Annual report of the Central Committee of the Association together with the report of the directors of the Pasteur Institute at Kasauli
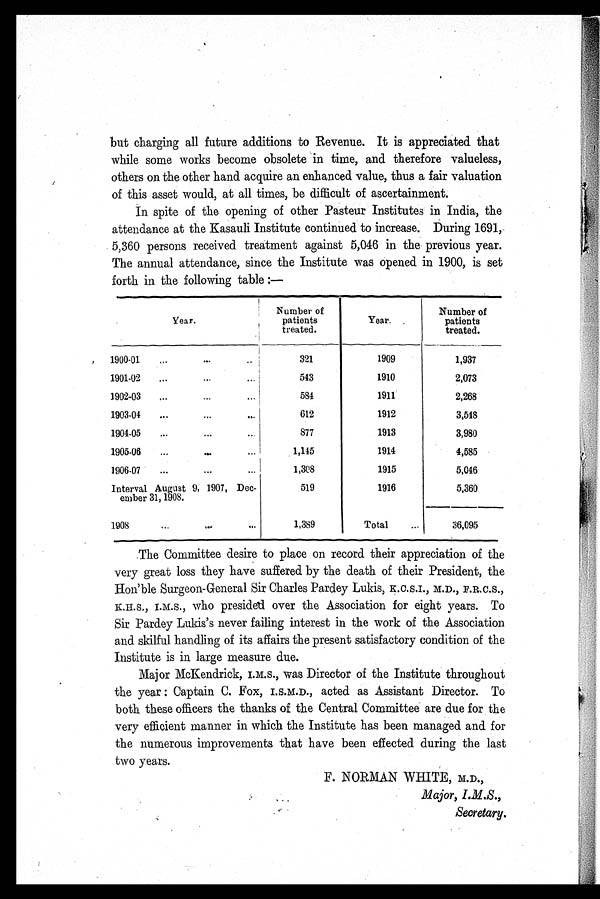
but charging all future additions to Revenue. It is appreciated that
while some works become obsolete in time, and therefore valueless,
others on the other hand acquire an enhanced value, thus a fair valuation
of this asset would, at all times, be difficult of ascertainment.
In spite of the opening of other Pasteur Institutes in India, the
attendance at the Kasauli Institute continued to increase. During 1691,
5,360 persons received treatment against 5,046 in the previous year.
The annual attendance, since the Institute was opened in 1900, is set
forth in the following table:—
Year.
Number of
patients
treated.
Year.
Number of
patients
treated.
1900-01 . . .
321
1909
1,937
1901-02 . . .
543
1910
2,073
1902-03 . . .
584
1911
2,268
1903-04 . . .
612
1912
3,548
1904-05 . . .
877
1913
3,980
1905-06 . . .
1,145
1914
4,585
1906-07 . . .
1,308
1915
5,046
Interval August 9, 1907, Dec-
ember 31, 1908.
519
1916
5,360
1908 . . .
1,389
Total . . .
36,095
The Committee desire to place on record their appreciation of the
very great loss they have suffered by the death of their President, the
Hon'ble Surgeon-General Sir Charles Pardey Lukis, K.C.S.I., M.D., F.R.C.S.,
K.H.S., I.M.S., who presided over the Association for eight years. To
Sir Pardey Lukis's never failing interest in the work of the Association
and skilful handling of its affairs the present satisfactory condition of the
Institute is in large measure due.
Major McKendrick, I.M.S., was Director of the Institute throughout
the year: Captain C. Fox, I.S.M.D., acted as Assistant Director. To
both these officers the thanks of the Central Committee are due for the
very efficient manner in which the Institute has been managed and for
the numerous improvements that have been effected during the last
two years.
F. NORMAN WHITE, M.D.,
Major, I.M.S.,
Secretary.